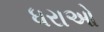
ધરાઓ